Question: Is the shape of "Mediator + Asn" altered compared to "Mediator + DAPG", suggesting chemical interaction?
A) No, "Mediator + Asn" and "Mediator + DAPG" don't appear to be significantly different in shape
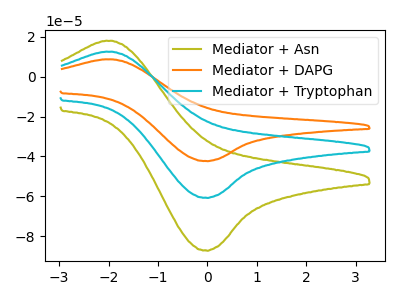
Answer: <think>The olive curve "Mediator + Asn" has an anodic peak at (-1.95V, 18.10uA) and a cathodic peak at (-0.05V, -87.20uA). The orange curve "Mediator + DAPG" has an anodic peak at (-1.95V, 25.20uA) and a cathodic peak at (-0.05V, -121.50uA). The cyan curve "Mediator + Tryptophan" has an anodic peak at (-1.95V, 12.60uA) and a cathodic peak at (-0.05V, -60.75uA).
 All the peaks in "Mediator + Asn" have a peak in "Mediator + DAPG" at the same potential. Every peak in "Mediator + Asn" is lower than every peak in "Mediator + DAPG".</think>
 <answer>A) No, "Mediator + Asn" and "Mediator + DAPG" don't appear to be significantly different in shape</answer>
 <eval>A</eval>